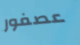
عصفور